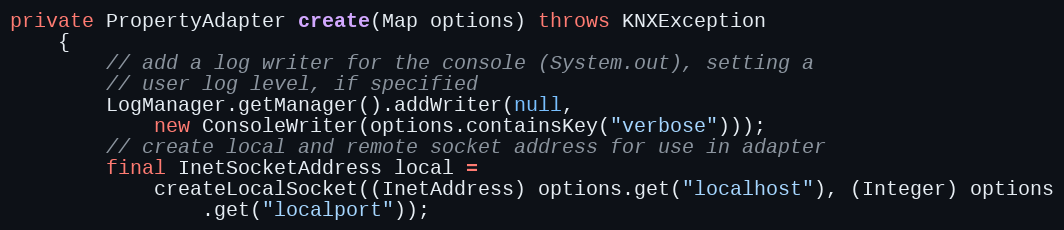
Language: Java
private PropertyAdapter create(Map options) throws KNXException
	{
		// add a log writer for the console (System.out), setting a
		// user log level, if specified
		LogManager.getManager().addWriter(null,
			new ConsoleWriter(options.containsKey("verbose")));
		// create local and remote socket address for use in adapter
		final InetSocketAddress local =
			createLocalSocket((InetAddress) options.get("localhost"), (Integer) options
				.get("localport"));